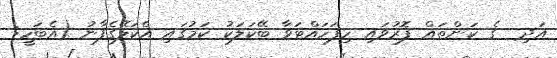
އަދި  ގެ ކަންތައް ފޮރުވައި ހިފަހައްޓަވާ ބޭކަލަކު ކަމުގައި އެކަލޭގެފާނު (އެބަހީ: